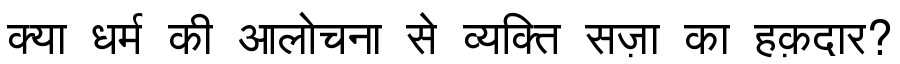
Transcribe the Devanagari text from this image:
क्या धर्म की आलोचना से व्यक्ति सज़ा का हक़दार?